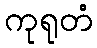
ကုရုတံ